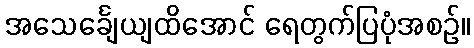
အသေင်္ချေယျထိအောင် ရေတွက်ပြပုံအစဉ်။